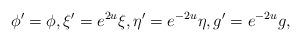
LaTeX: \begin{align*}\phi ^{\prime }=\phi ,\xi ^{\prime }=e^{2u}\xi ,\eta ^{\prime}=e^{-2u}\eta ,g^{\prime }=e^{-2u}g, \end{align*}